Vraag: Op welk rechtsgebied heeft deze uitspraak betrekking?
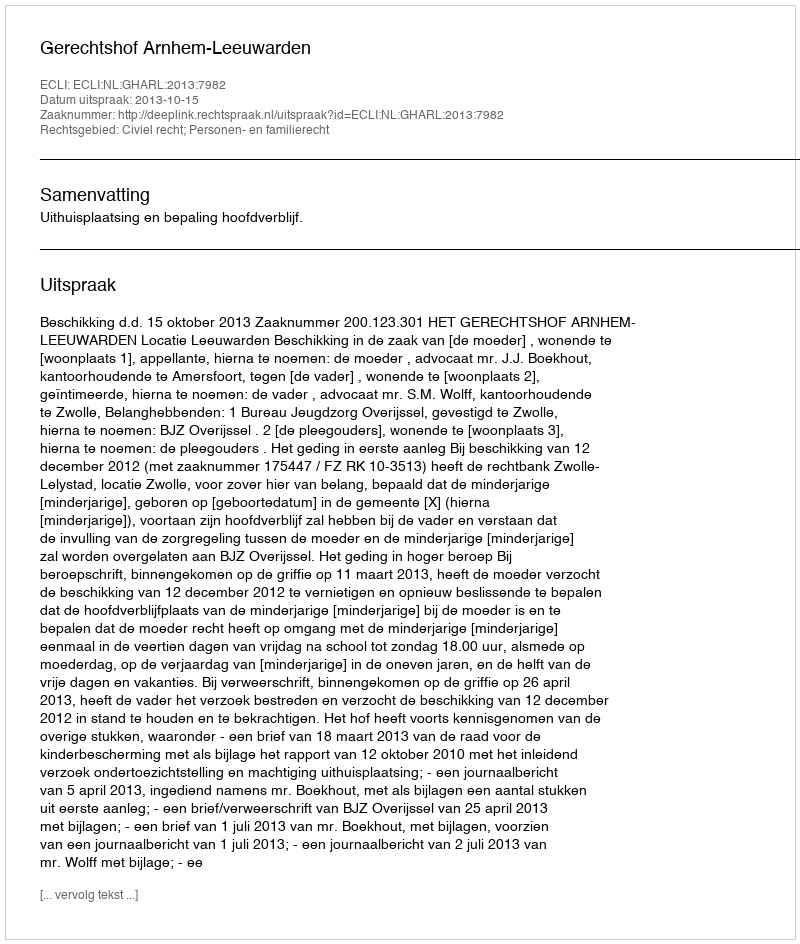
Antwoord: Civiel recht; Personen- en familierecht